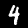
Digit: 4